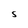
Character: S